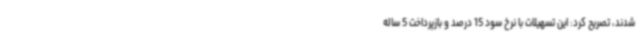
شدند، تصریح کرد: این تسهیلات با نرخ سود 15 درصد و بازپرداخت 5 ساله